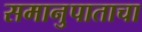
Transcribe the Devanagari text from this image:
समानुपाताचा